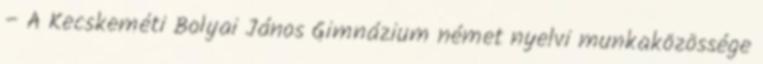
– A Kecskeméti Bolyai János Gimnázium német nyelvi munkaközössége